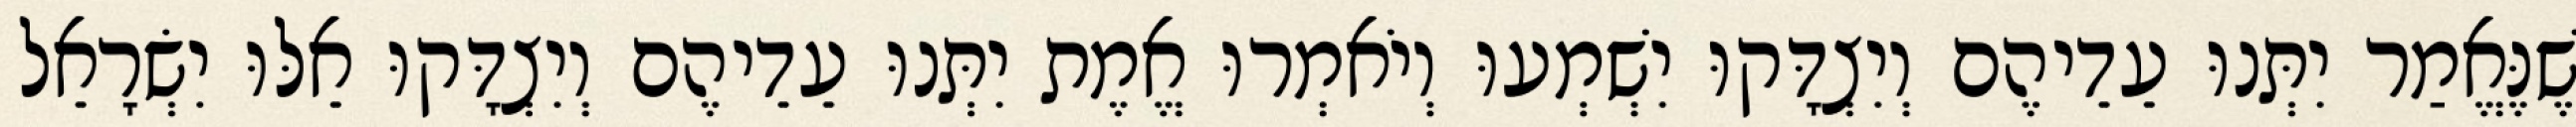
שֶׁנֶּאֱמַר יִתְּנוּ עֵדֵיהֶם וְיִצְדָּקוּ יִשְׁמְעוּ וְיֹאמְרוּ אֱמֶת יִתְּנוּ עֵדֵיהֶם וְיִצְדָּקוּ אֵלּוּ יִשְׂרָאֵל